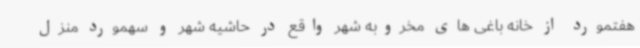
هفتمورد از خانه باغی های مخروبه شهر واقع در حاشیه شهر و سهمورد منزل